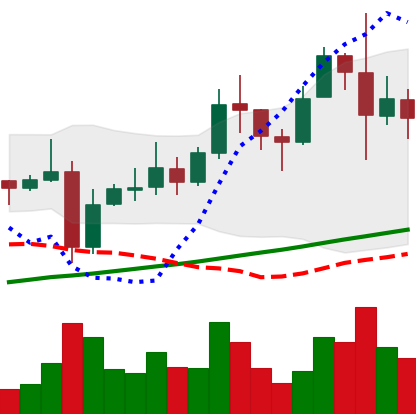
Ticker: XRP-USD
Chart end date: 2021-11-12
Forward return: -7.825%
Label: down_7plus